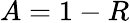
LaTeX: A=1-R